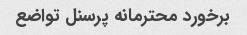
برخورد محترمانه پرسنل تواضع